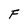
Character: F